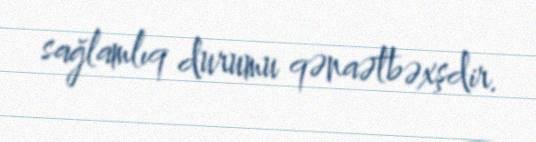
sağlamlıq durumu qənaətbəxşdir.